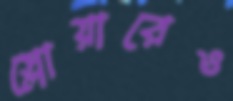
স্লোয়ারেও